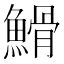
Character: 䱻